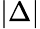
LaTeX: \lvert\Delta\rvert